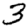
Digit: 3